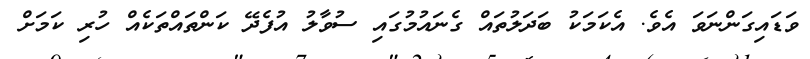
ވަޑައިގަންނަވަ އެވެ. އެކަމަކު ބަދަލުތައް ގެނައުމުގައި ސުވާލު އުފެދޭ ކަންތައްތަކެއް ހުރި ކަމަށް